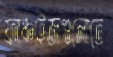
ফ্রাঞ্চাইজগুলোতে